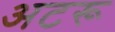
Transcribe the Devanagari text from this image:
अटरू